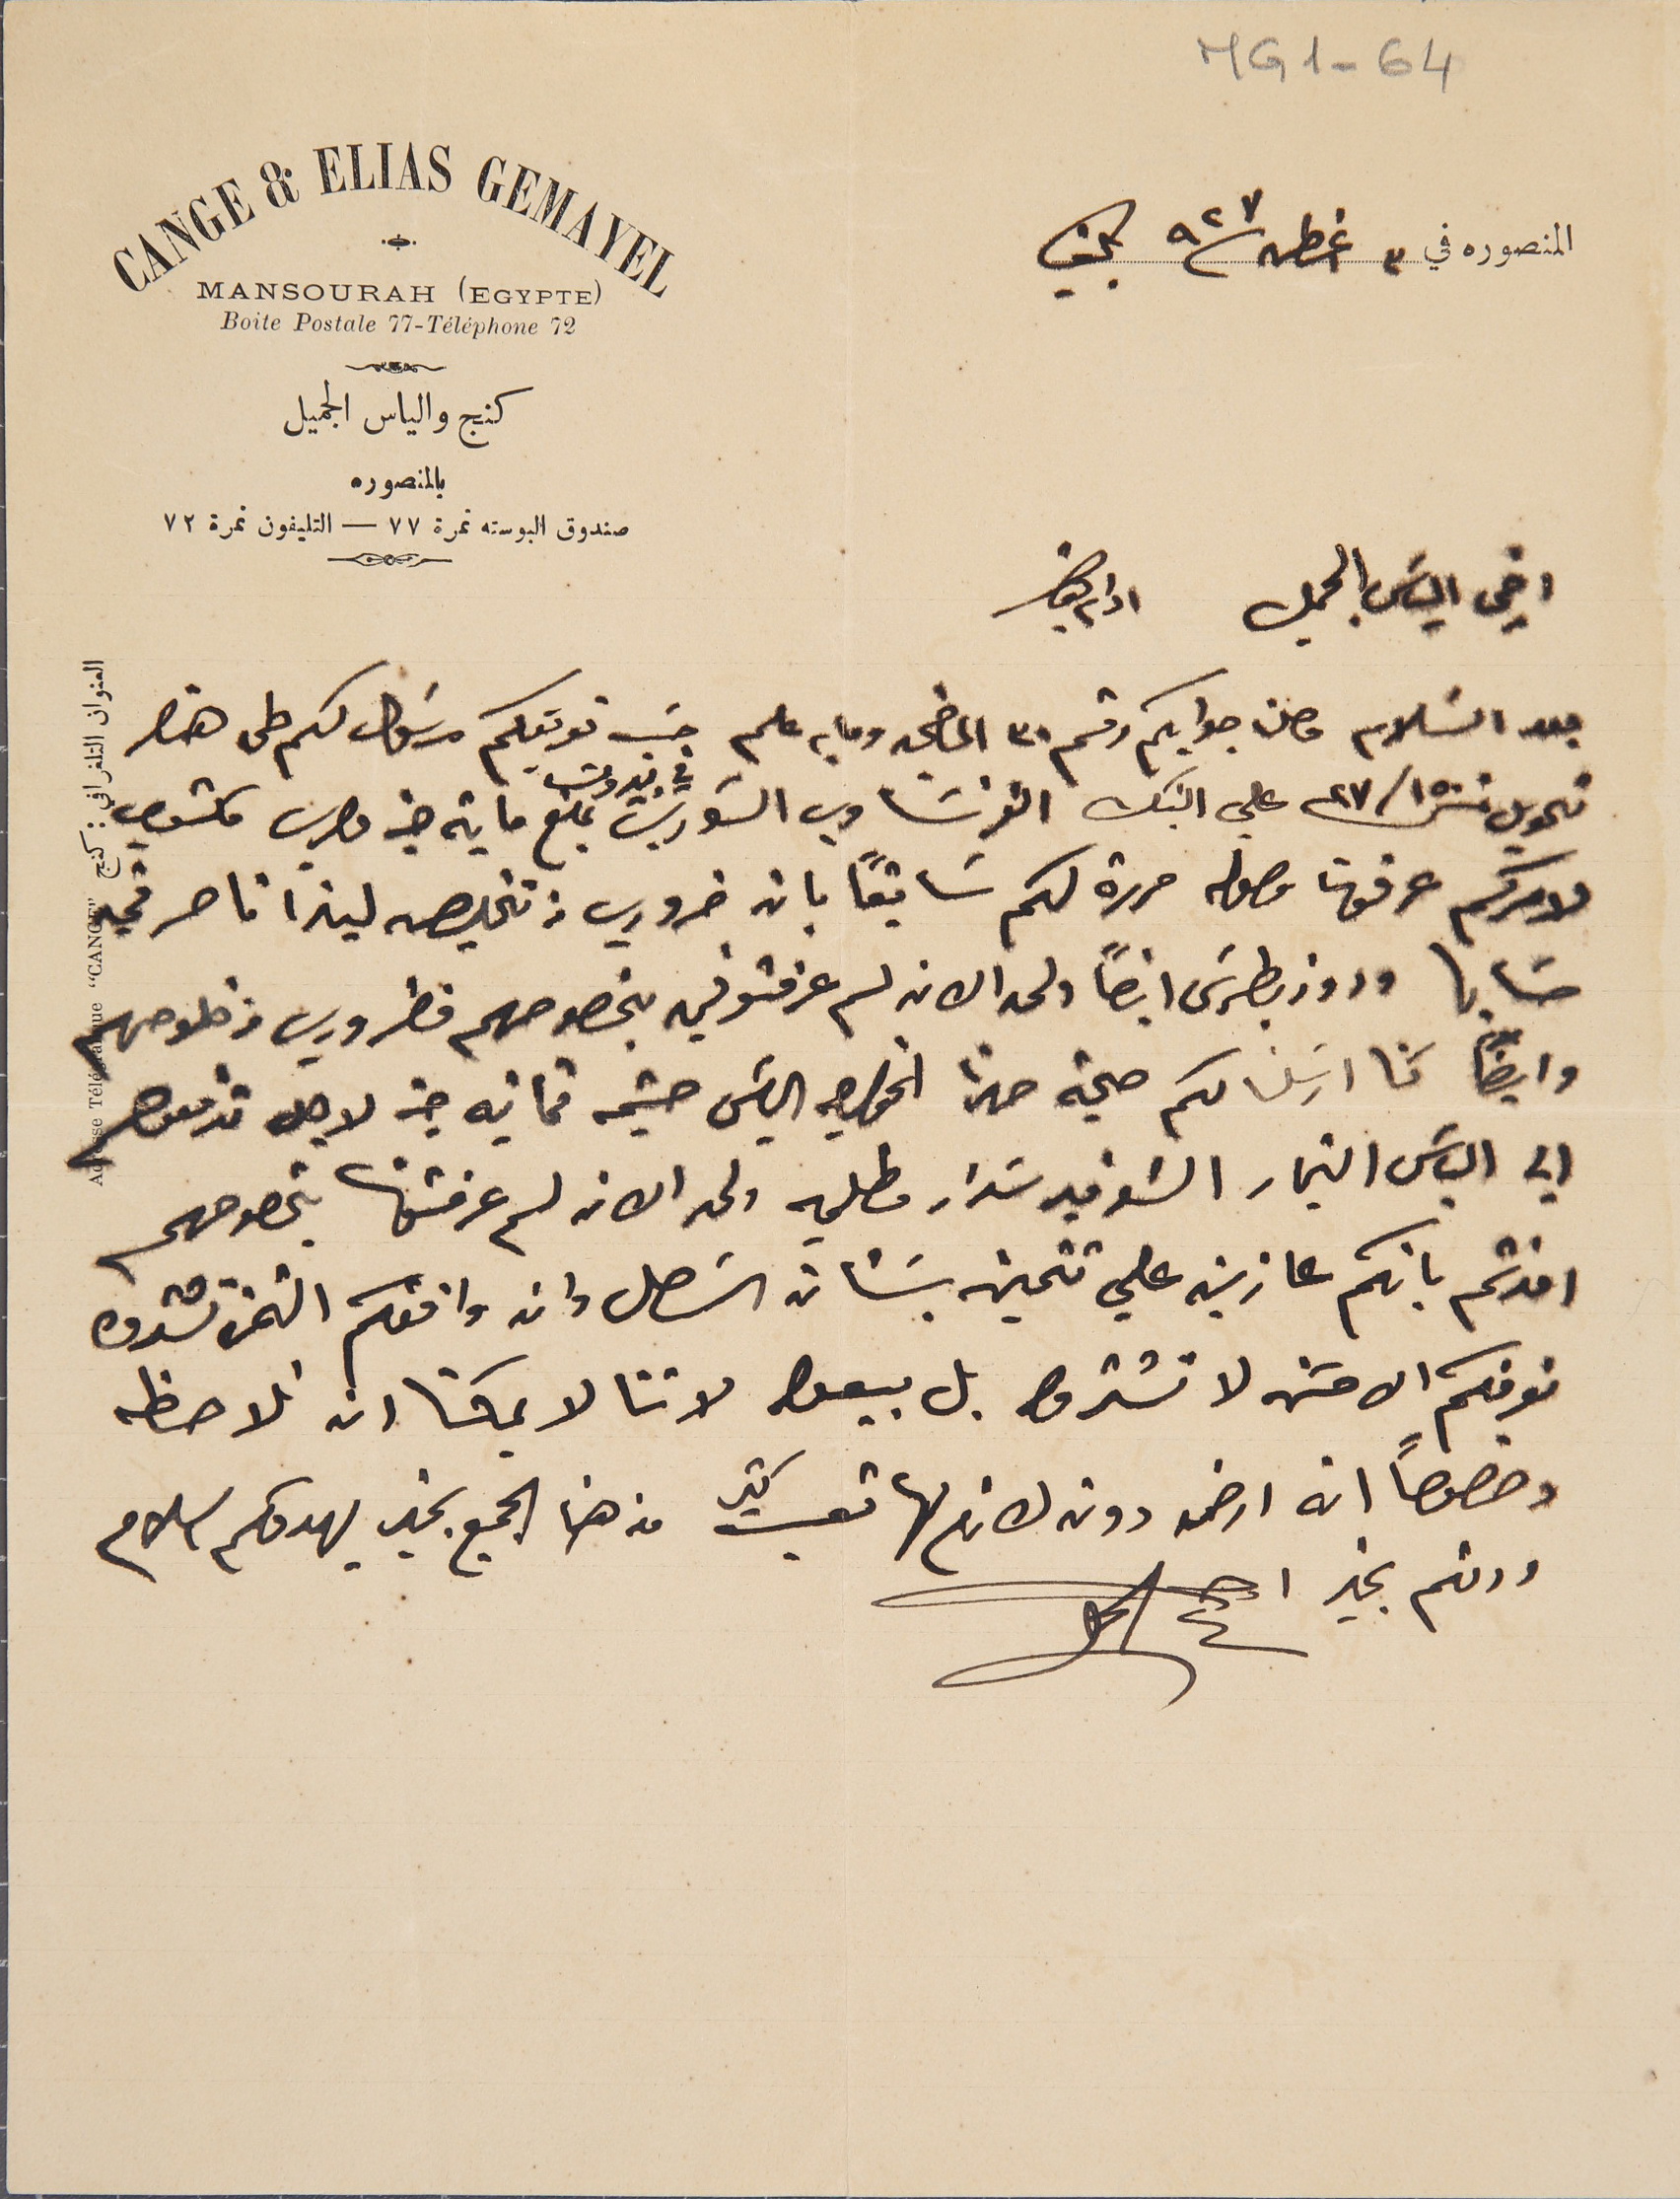
MG1-64
المنصوره في ٣ اغسطس ٩٢٧ بكفيا
اخي الياسَ الجميل ادام بقاك
بعد السَلام وصلنا جوابكم رقم ٣٠ الماضي وما به علم حسَب تعريفكم مرسَول لكم طى هذا
تحويل ٢٧/١٥٠ فرنك علي البنك الفرنسَاوي السَوري في بيروت مبلغ ماية جنيه مصري مكتوب
لامركم عرفونا وصوله حررة لكم سَابقاً بان ضروري من تخليصه ليندا ناصر في
حسَابها وروز بطرسَ أيضاً ولحد الان لم عرفتوني بخصوصهم فضروري من فلوصهم
وايضاً كنا ارسَلنا لكم صحبة هذا الخواجه الياسَ حشيمه ثمانيه جنه لاجل تدفعوهم
الي الياسَ النجار الشوفير سَداد مطلبه ولحد الان لم عرفتونا بخصوصهم
افدتم بانكم عازين على تتمين بشأن السَهل وان وافقكم الثمن تشترون
نعرفكم الاحسَن لا تشتروا بل بيعوا لاننا لا يمكننا ان نلاحظ
وخصوصاً انه  ارض دون لازم لها تعبت كتير من هنا الجميع بخير يهدوكم السلام
ودمتم بخير
CANGE & ELIAS GEMAYEL
MANSOURAH (EGYPTE)
Boite Postale 77-Téléphone 72
كنج والياس الجميل
بالمنصوره
صندوق البوسته نمرة ٧٧ – التليفون نمرة ٧٢